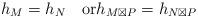
LaTeX: \begin{align*}h_{M}=h_{N} \quad\mbox{or}h_{M\boxtimes P}=h_{N\boxtimes P}\end{align*}